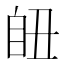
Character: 𦤊